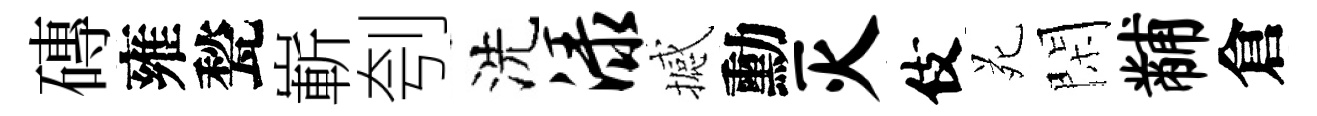
磚雍甃嶄刳洗渌撼勳灭伎苑閑黼倉